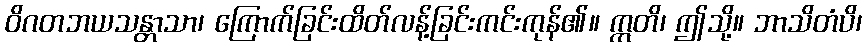
ဝိဂတဘယသန္တာသာ၊ ကြောက်ခြင်းထိတ်လန့်ခြင်းကင်းကုန်၏။ ဣတိ၊ ဤသို့။ ဘာသိတံပိ၊